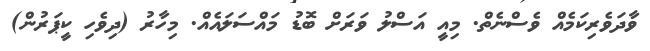
ވާދަވެރިކަމެއް ވެސްނެތް. މިއީ އަސްލު ވަރަށް ބޮޑު މައްސަލައެއް. މިހާރު (ދިވެހި ކީޕަރުން)